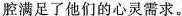
腔满足了他们的心灵需求。